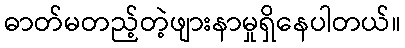
ဓာတ်မတည့်တဲ့ဖျားနာမှုရှိနေပါတယ်။